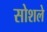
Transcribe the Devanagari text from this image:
सोशले